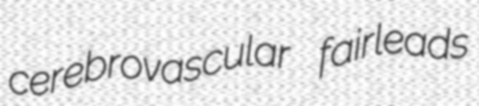
cerebrovascular fairleads